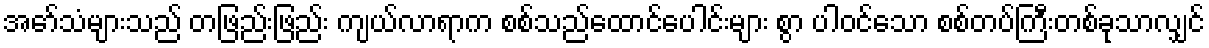
အော်သံများသည် တဖြည်းဖြည်း ကျယ်လာရာက စစ်သည်ထောင်ပေါင်းများ စွာ ပါဝင်သော စစ်တပ်ကြီးတစ်ခုသာလျှင်